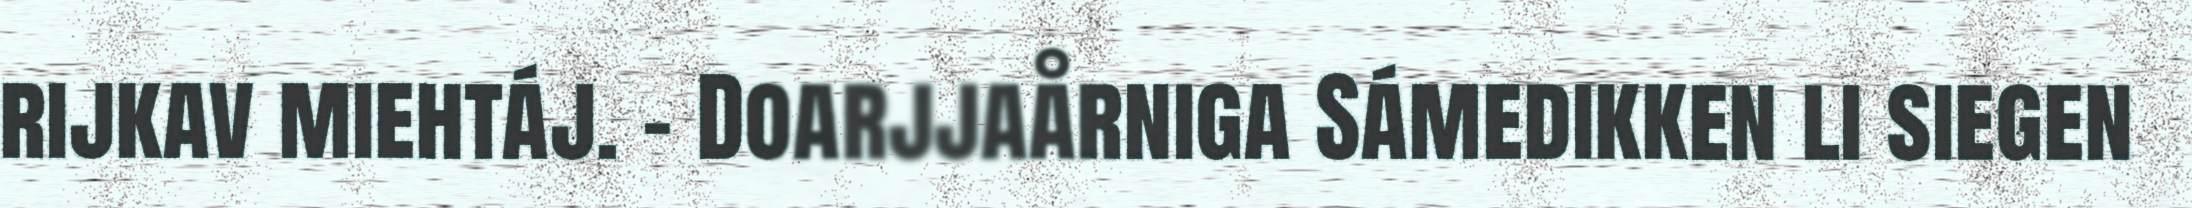
rijkav miehtáj. – Doarjjaårniga Sámedikken li siegen